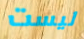
ليست